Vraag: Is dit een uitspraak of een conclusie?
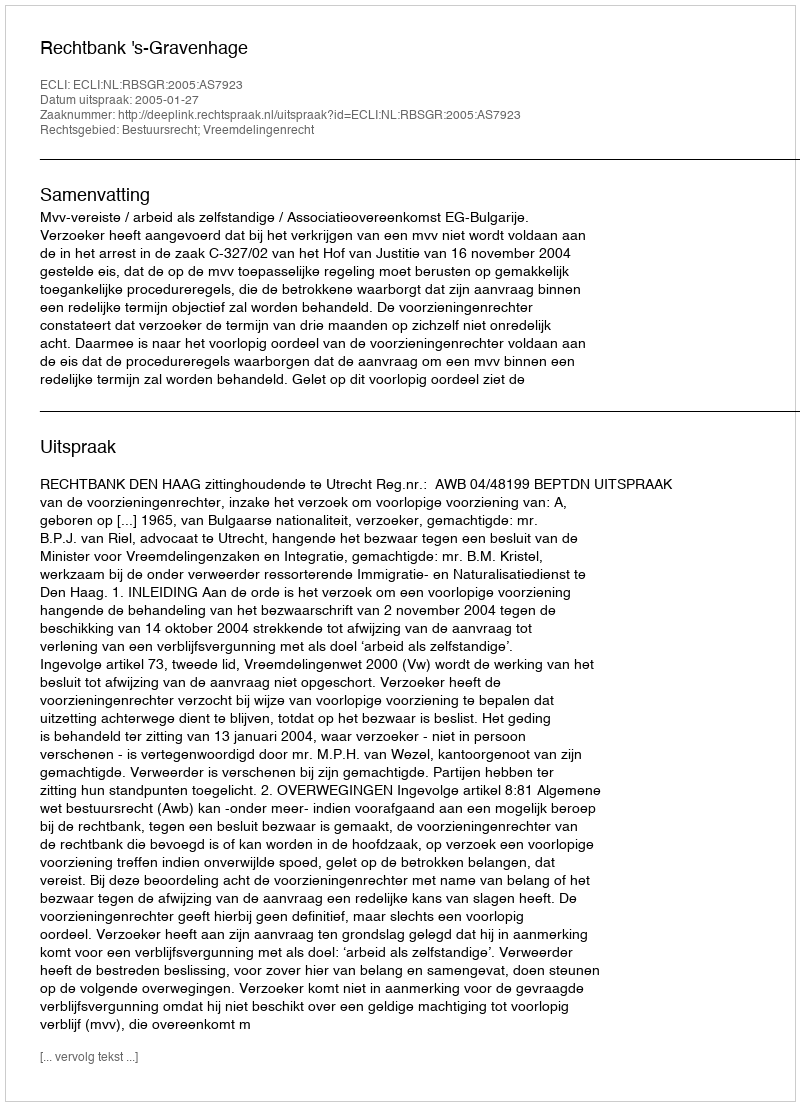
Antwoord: Uitspraak